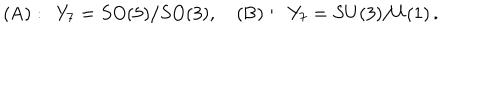
( \mathrm { A } ) : \, \, \, Y _ { 7 } = S O ( 5 ) / S O ( 3 ) , \quad ( \mathrm { B } ) : \, \, \, Y _ { 7 } = S U ( 3 ) / U ( 1 ) \, .